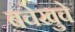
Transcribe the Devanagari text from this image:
बचेखुचे